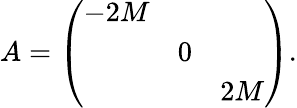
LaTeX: A=\left(\begin{array}{ccc}{{-2M}}&{{}}&{{}}\\ {{}}&{{0}}&{{}}\\ {{}}&{{}}&{{2M}}\end{array}\right).